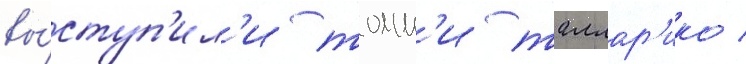
вы́ступ'ил'и томм'и таллар'ико /